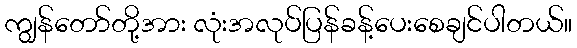
ကျွန်တော်တို့အား လုံးအလုပ်ပြန်ခန့်ပေးစေချင်ပါတယ်။